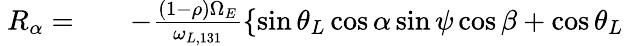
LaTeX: \begin{array}{rlr}{~R_{\alpha}=}&{{}}&{-\frac{(1-\rho)\Omega_{E}}{\omega_{L,131}}\left\{ \sin\theta_{L}\cos\alpha\sin\psi\cos\beta+\cos\theta_{L}\right.}\end{array}